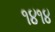
૧૪૧૪